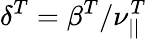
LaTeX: \delta^{T}=\beta^{T}/\nu_{||}^{T}